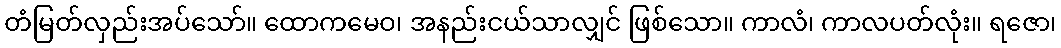
တံမြတ်လှည်းအပ်သော်။ ထောကမေဝ၊ အနည်းငယ်သာလျှင် ဖြစ်သော။ ကာလံ၊ ကာလပတ်လုံး။ ရဇော၊